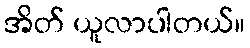
အိတ် ယူလာပါတယ်။